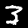
Digit: 3